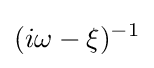
(i\omega -\xi )^{-1}